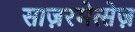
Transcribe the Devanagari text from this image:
साज़रमेत्सेज़